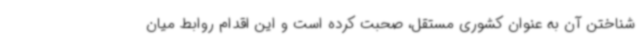
شناختن آن به عنوان کشوری مستقل، صحبت کرده است و این اقدام روابط میان